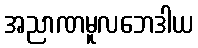
အညာဏမူလဘေဒါယ